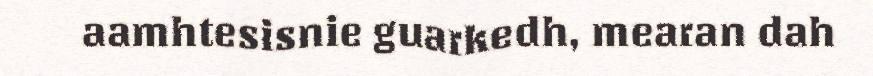
aamhtesisnie guarkedh, mearan dah